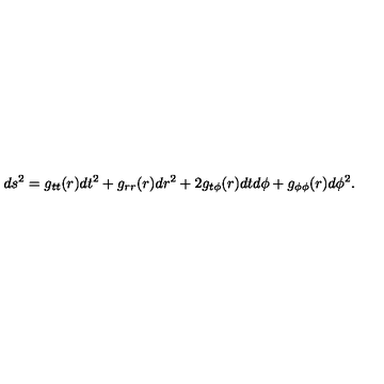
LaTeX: d s ^ { 2 } = g _ { t t } ( r ) d t ^ { 2 } + g _ { r r } ( r ) d r ^ { 2 } + 2 g _ { t \phi } ( r ) d t d \phi + g _ { \phi \phi } ( r ) d \phi ^ { 2 } .